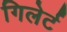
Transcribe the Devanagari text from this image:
गिलेर्ट